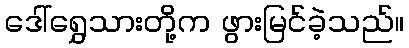
ဒေါ်ရွှေသားတို့က ဖွားမြင်ခဲ့သည်။